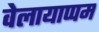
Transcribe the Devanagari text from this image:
वेलायाप्पम